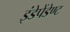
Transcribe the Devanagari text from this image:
इंडेपेंडेण्ट